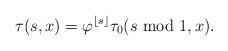
LaTeX: \begin{align*} \tau(s, x) = \varphi^{\lfloor s \rfloor}\tau_0(s \textup{ mod } 1, x).\end{align*}